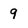
Character: 9